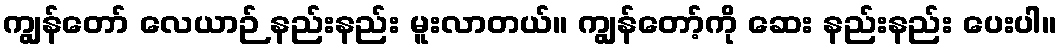
ကျွန်တော် လေယာဉ် နည်းနည်း မူးလာတယ်။ ကျွန်တော့်ကို ဆေး နည်းနည်း ပေးပါ။